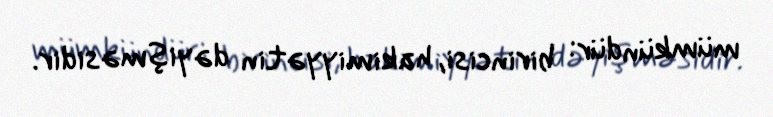
mümkündür: birincisi, hakimiyyətin dəyişməsidir.